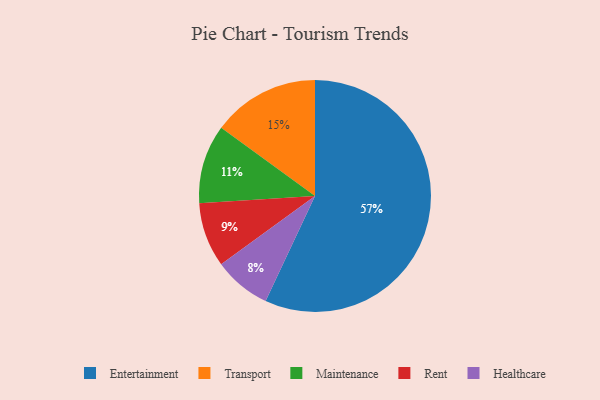
{"axis": {"x": "Category", "y": "Percentage"}, "legend": ["Entertainment", "Healthcare", "Maintenance", "Rent", "Transport"], "data": [{"x": "Healthcare", "y": 8, "type": "Healthcare"}, {"x": "Transport", "y": 15, "type": "Transport"}, {"x": "Rent", "y": 9, "type": "Rent"}, {"x": "Entertainment", "y": 57, "type": "Entertainment"}, {"x": "Maintenance", "y": 11, "type": "Maintenance"}]}